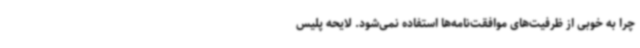
چرا به خوبی از ظرفیت‌های موافقت‌نامه‌ها استفاده نمی‌شود. لایحه پلیس